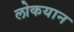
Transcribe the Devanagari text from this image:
लोकयान